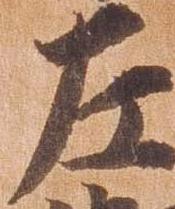
左